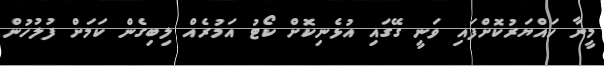
މީނާ ހައްޔަރުކޮށްފައި ވަނީ ގޭގައި އުޅެނިކޮށް ކޯޓު އަމުރެއް ލިބިގެން ކަމަށް ފުލުހުން